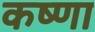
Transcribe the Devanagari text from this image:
कष्णा